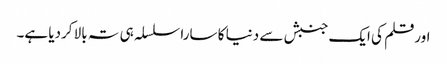
اورقلم کی ایک جنبش سے دنیا کا سارا سلسلہ ہی تہ بالا کردیا ہے۔